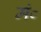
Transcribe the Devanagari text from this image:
मं०